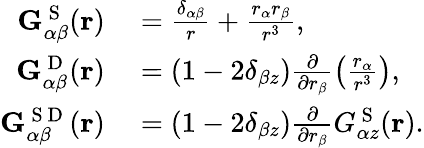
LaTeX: \begin{array}{rl}{\mathbf{G}_{\alpha\beta}^{\mathrm{~S~}}(\mathbf{r})}&{{}=\frac{\delta_{\alpha\beta}}{r}+\frac{r_{\alpha}r_{\beta}}{r^{3}},}\\ {\mathbf{G}_{\alpha\beta}^{\mathrm{~D~}}(\mathbf{r})}&{{}=(1-2\delta_{\beta z})\frac{\partial}{\partial r_{\beta}}\left(\frac{r_{\alpha}}{r^{3}}\right),}\\ {\mathbf{G}_{\alpha\beta}^{\mathrm{~S~D~}}(\mathbf{r})}&{{}=(1-2\delta_{\beta z})\frac{\partial}{\partial r_{\beta}}G_{\alpha z}^{\mathrm{~S~}}(\mathbf{r}).}\end{array}